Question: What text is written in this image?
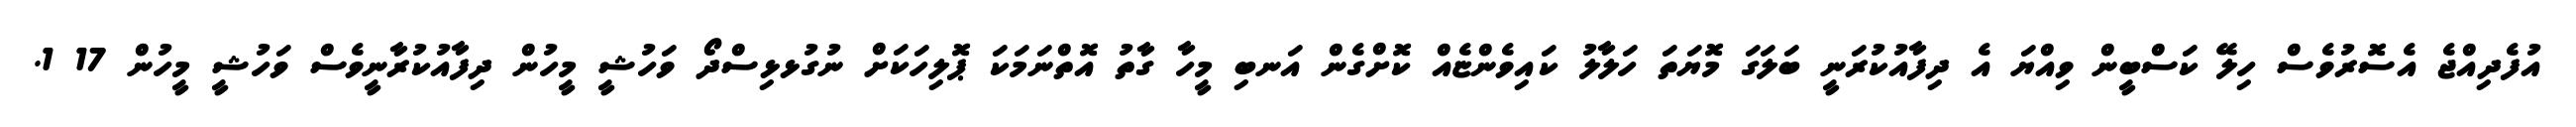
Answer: އުފެދިއްޖެ އެސޮރުވެސް ހިލޭ ކަސްބީން ވިއްޔަ އެ ދިފާއުކުރަނީ ބަލަގަ މޮޔަތަ ހަލާލު ކައިވެންޏެއް ކޮށްގެން އަނބި މީހާ ގާތު އޮތްނަމަކަ ޕޮލިހަކަށް ނުގުޅޅިސްދޯ ވަހުޝީ މީހުން ދިފާއުކުރާނީވެސް ވަހުޝީ މީހުން 17 1.